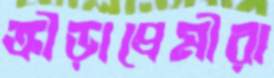
ক্রীড়াপ্রেমীরা